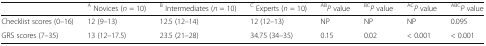
<table><thead><tr><td></td><td><b><sup>A</sup> Novices (<i>n</i> = 10)</b></td><td><b><sup>B</sup> Intermediates (<i>n</i> = 10)</b></td><td><b><sup>C</sup> Experts (<i>n</i> = 10)</b></td><td><b><sup>AB</sup><i>P</i> value</b></td><td><b><sup>BC</sup><i>P</i> value</b></td><td><b><sup>AC</sup><i>P</i> value</b></td><td><b><sup>ABC</sup><i>P</i> value</b></td></tr></thead><tbody><tr><td>Checklist scores (0–16)</td><td>12 (9–13)</td><td>12.5 (12–14)</td><td>12 (12–13)</td><td>NP</td><td>NP</td><td>NP</td><td>0.095</td></tr><tr><td>GRS scores (7–35)</td><td>13 (12–17.5)</td><td>23.5 (21–28)</td><td>34.75 (34–35)</td><td>0.15</td><td>0.02</td><td>&lt; 0.001</td><td>&lt; 0.001</td></tr></tbody></table>